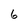
Character: 6